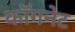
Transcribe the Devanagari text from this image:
कॉगनेट